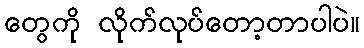
တွေကို လိုက်လုပ်တော့တာပါပဲ။